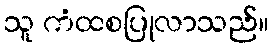
သူ ကံထစပြုလာသည်။